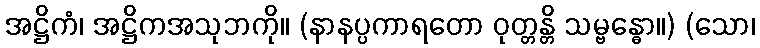
အဋ္ဌိကံ၊ အဋ္ဌိကအသုဘကို။ (နာနပ္ပကာရတော ဝုတ္တန္တိ သမ္ဗန္ဓော။) (သော၊